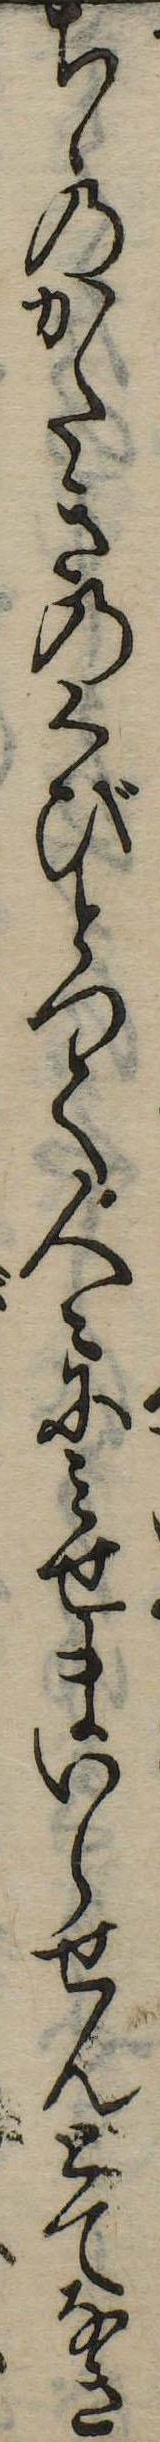
ちゝのかたきのくびとつて人々にみせまいらせんとてなき